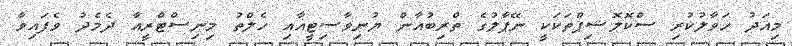
މިއަދު ހަވާލުކުރި ސްކޮލޮޝިޕްތަކަކީ ނޭޕާލުގެ ތްރިބުއާން ޔުނިވާސިޓީއާއި ހެލްތު މިނިސްޓްރީއާ ދެމެދު ވެފައިވާ